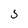
Character: 5